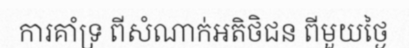
ការគាំទ្រ ពីសំណាក់អតិថិជន ពីមួយថ្ងៃ